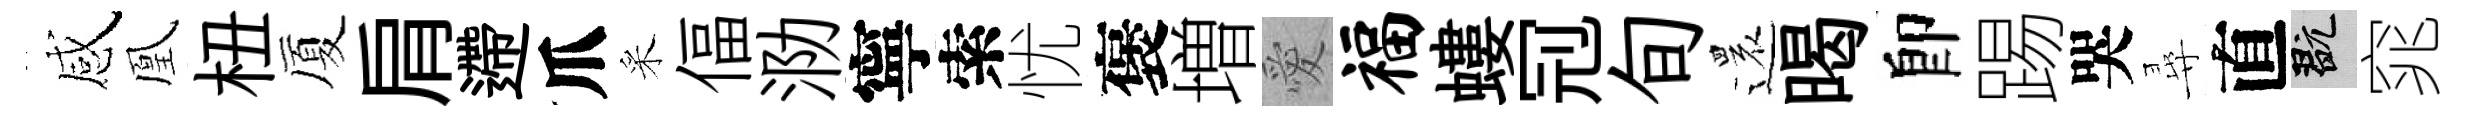
感凰杻厦肩遰爪采偪泐寧索忧褒増愛福螻𠜍旬還暍卽踢哭尋直玩窕